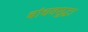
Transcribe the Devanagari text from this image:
बांधवसुद्धा